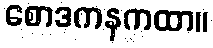
စောဒကနကထာ။